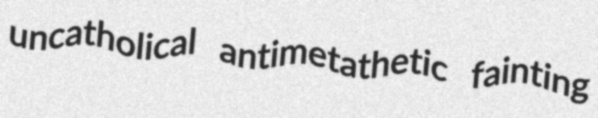
uncatholical antimetathetic fainting